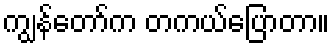
ကျွန်တော်က တကယ်ပြောတာ။